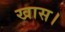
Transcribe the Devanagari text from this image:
खास।